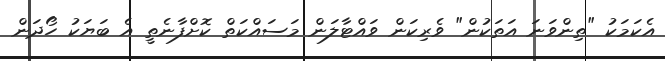
އެކަމަކު "ތިންވަނަ އަތަކުން" ވެރިކަން ވައްޓާލަން މަސައްކަތް ކޮށްފާނެތީ އެ ބަޔަކު ހޯދަން